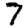
Digit: 7